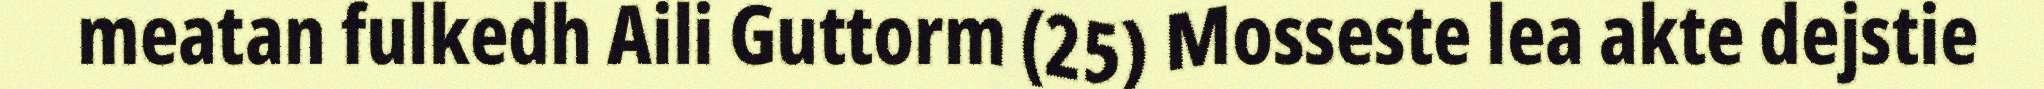
meatan fulkedh Aili Guttorm (25) Mosseste lea akte dejstie